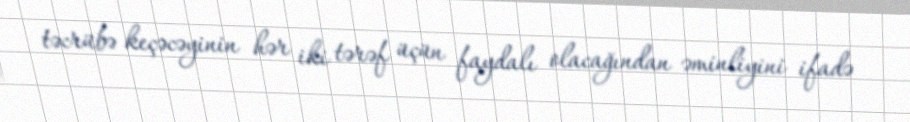
təcrübə keçəcəyinin hər iki tərəf üçün faydalı olacağından əminliyini ifadə